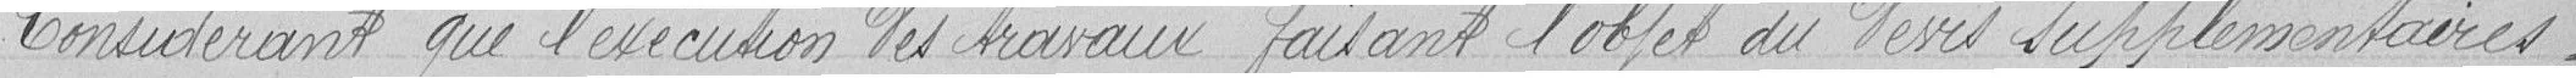
Considérant que l'exécution des travaux faisant l'objet de devis supplémentaire